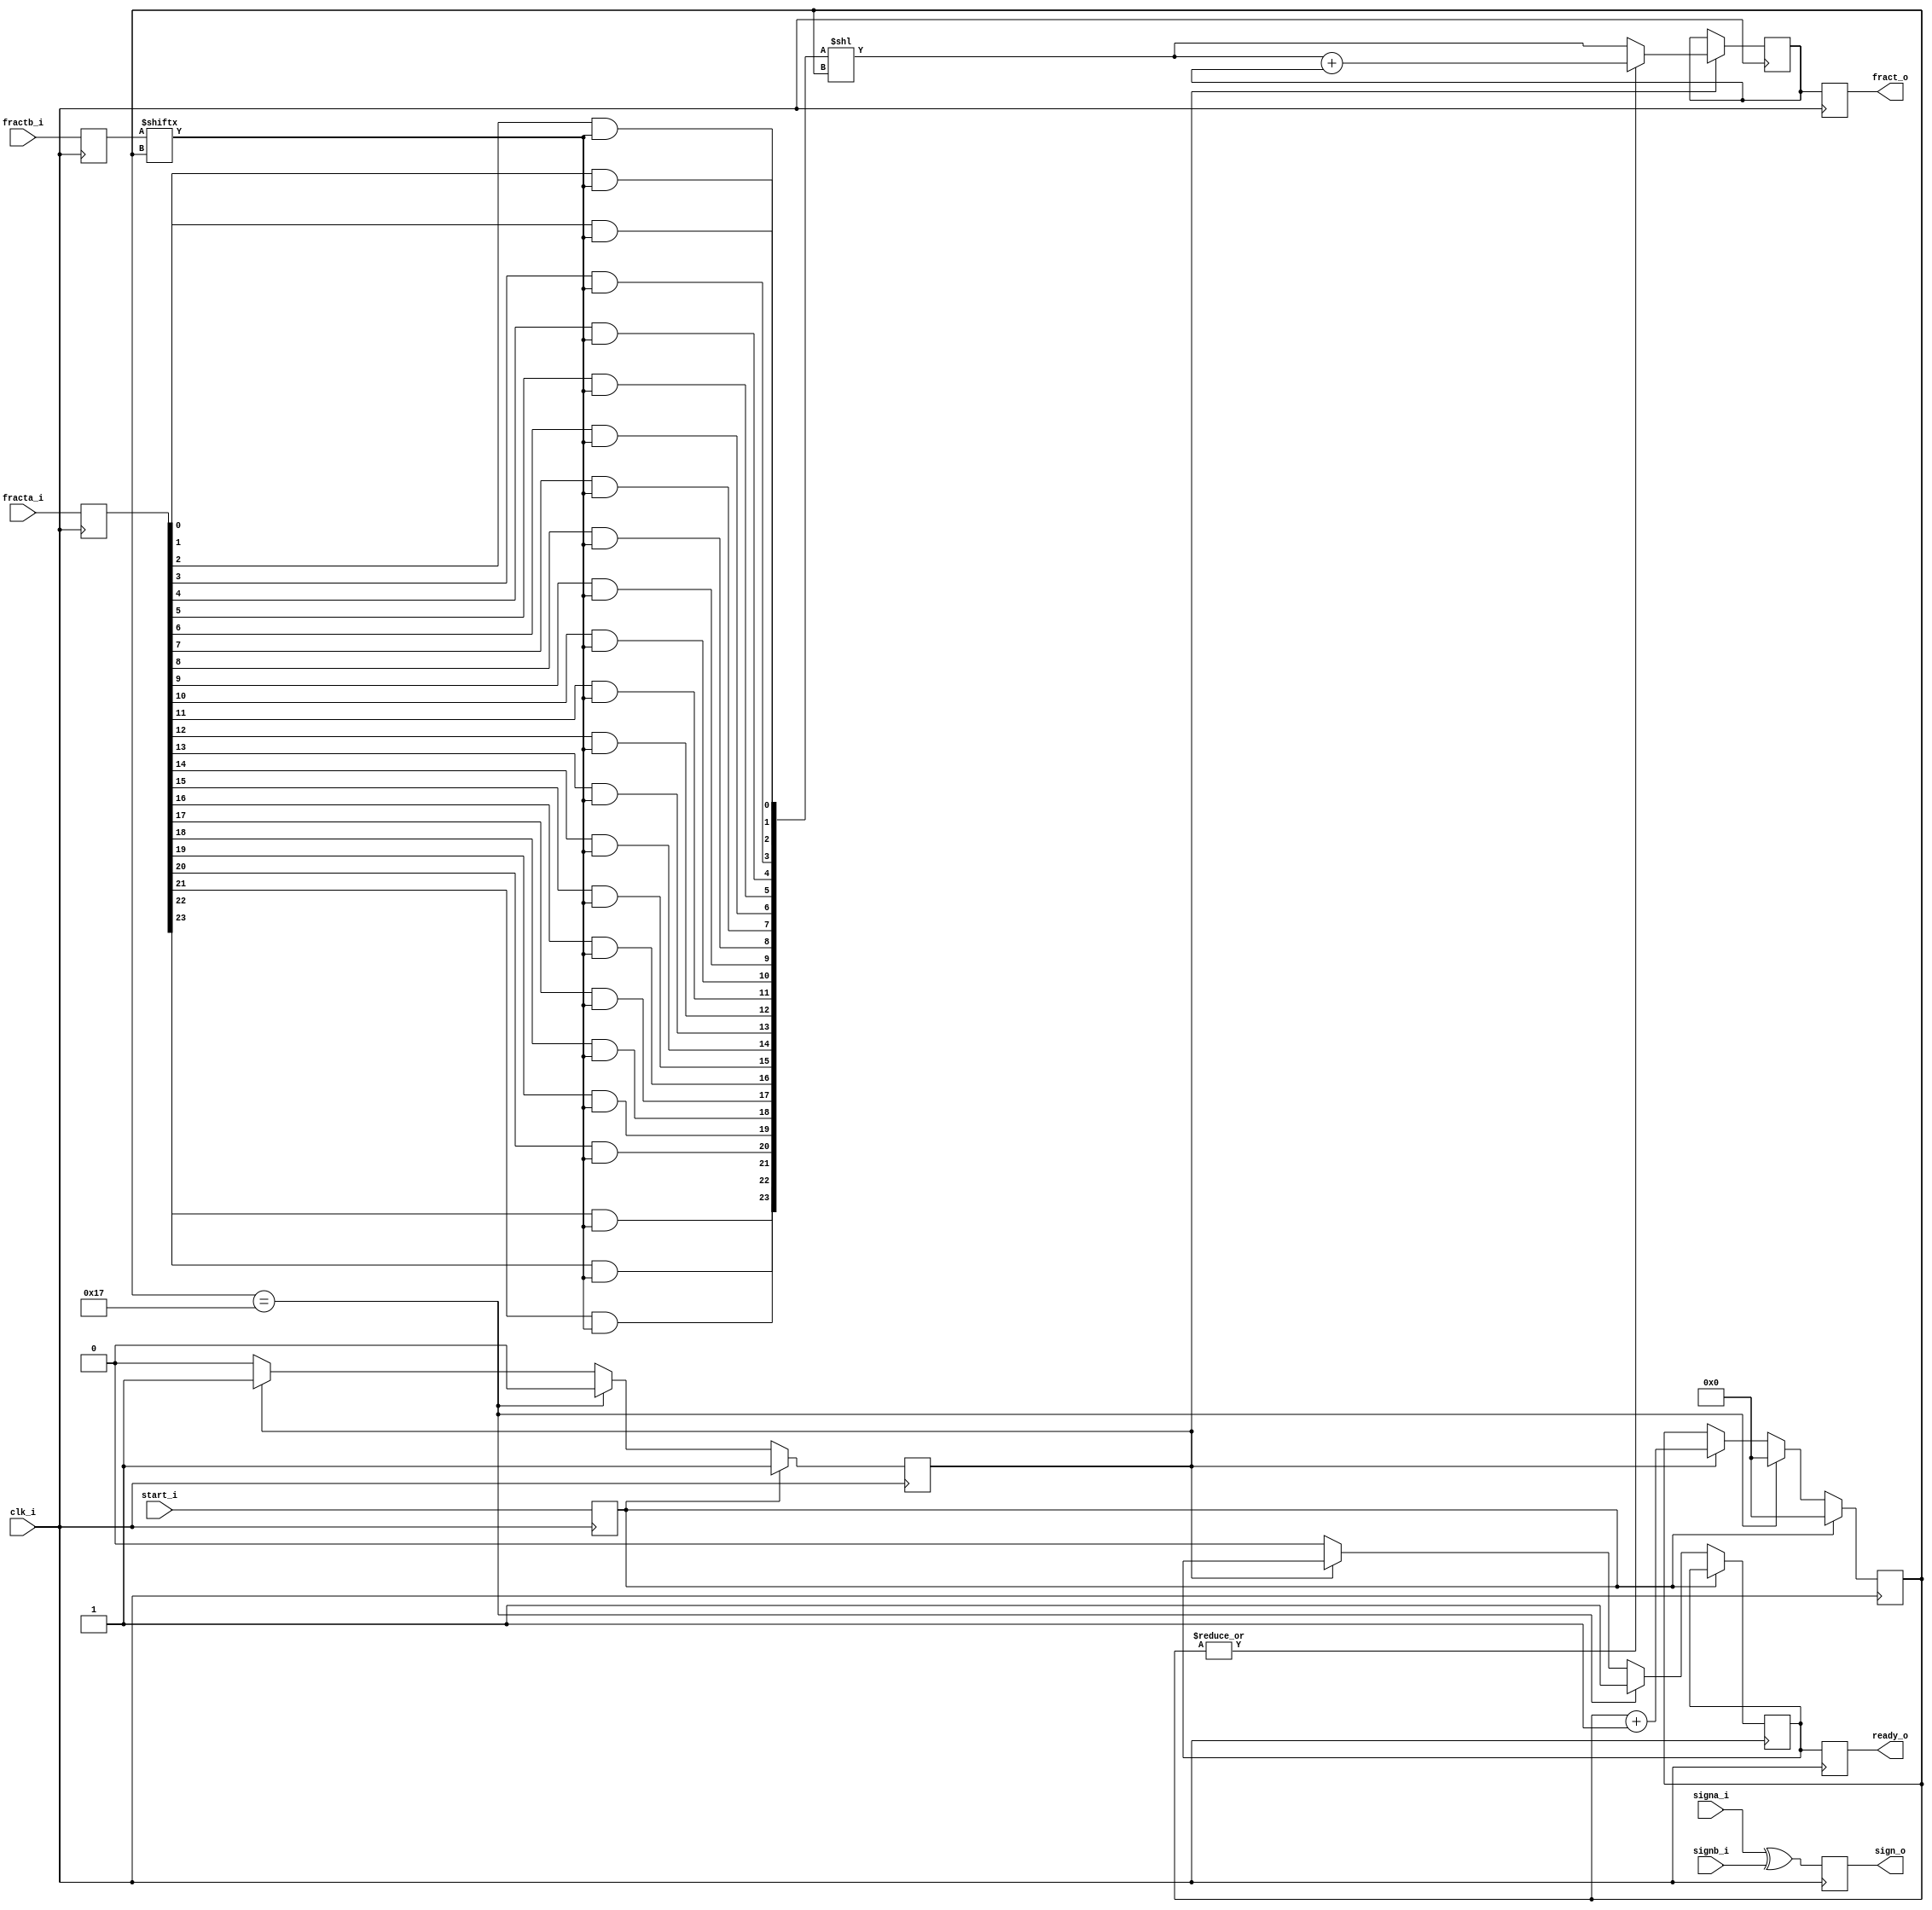
//////////////////////////////////////////////////////////////////////
////                                                              ////
////  or1200_fpu_mul                                              ////
////                                                              ////
////  This file is part of the OpenRISC 1200 project              ////
////  http://opencores.org/project,or1k                           ////
////                                                              ////
////  Description                                                 ////
////  Serial multiplication entity for the multiplication unit    ////
////                                                              ////
////  To Do:                                                      ////
////                                                              ////
////                                                              ////
////  Author(s):                                                  ////
////      - Original design (FPU100) -                            ////
////        Jidan Al-eryani, jidan@gmx.net                        ////
////      - Conv. to Verilog and inclusion in OR1200 -            ////
////        Julius Baxter, julius@opencores.org                   ////
////                                                              ////
//////////////////////////////////////////////////////////////////////
//
//  Copyright (C) 2006, 2010
//
//	This source file may be used and distributed without        
//	restriction provided that this copyright statement is not   
//	removed from the file and that any derivative work contains 
//	the original copyright notice and the associated disclaimer.
//                                                           
//		THIS SOFTWARE IS PROVIDED ``AS IS'' AND WITHOUT ANY     
//	EXPRESS OR IMPLIED WARRANTIES, INCLUDING, BUT NOT LIMITED   
//	TO, THE IMPLIED WARRANTIES OF MERCHANTABILITY AND FITNESS   
//	FOR A PARTICULAR PURPOSE. IN NO EVENT SHALL THE AUTHOR      
//	OR CONTRIBUTORS BE LIABLE FOR ANY DIRECT, INDIRECT,         
//	INCIDENTAL, SPECIAL, EXEMPLARY, OR CONSEQUENTIAL DAMAGES    
//	(INCLUDING, BUT NOT LIMITED TO, PROCUREMENT OF SUBSTITUTE   
//	GOODS OR SERVICES; LOSS OF USE, DATA, OR PROFITS; OR        
//	BUSINESS INTERRUPTION) HOWEVER CAUSED AND ON ANY THEORY OF  
//	LIABILITY, WHETHER IN  CONTRACT, STRICT LIABILITY, OR TORT  
//	(INCLUDING NEGLIGENCE OR OTHERWISE) ARISING IN ANY WAY OUT  
//	OF THE USE OF THIS SOFTWARE, EVEN IF ADVISED OF THE         
//	POSSIBILITY OF SUCH DAMAGE. 
//

module or1200_fpu_mul 
(  
   clk_i,
   fracta_i,
   fractb_i,
   signa_i,
   signb_i,
   start_i,
   fract_o,
   sign_o,
   ready_o
   );

   parameter FP_WIDTH = 32;
   parameter MUL_SERIAL = 0; // 0 for parallel multiplier, 1 for serial
   parameter MUL_COUNT = 11; //11 for parallel multiplier, 34 for serial
   parameter FRAC_WIDTH = 23;
   parameter EXP_WIDTH = 8;
   parameter ZERO_VECTOR = 31'd0;
   parameter INF = 31'b1111111100000000000000000000000;
   parameter QNAN = 31'b1111111110000000000000000000000;
   parameter SNAN = 31'b1111111100000000000000000000001;
   
   input clk_i;
   input [FRAC_WIDTH:0] fracta_i;   
   input [FRAC_WIDTH:0] fractb_i;   
   input 		signa_i;
   input 		signb_i;
   input 		start_i;
   output reg [2*FRAC_WIDTH+1:0] fract_o;
   output reg 		     sign_o;
   output reg 		     ready_o;
   
   parameter t_state_waiting = 1'b0,
	       t_state_busy = 1'b1;

   reg [47:0] 		     s_fract_o;
   reg [23:0] 		     s_fracta_i;
   reg [23:0] 		     s_fractb_i;
   reg 			     s_signa_i, s_signb_i;
   wire 		     s_sign_o;
   reg 			     s_start_i;
   reg 			     s_ready_o;
   reg 			     s_state;
   reg [4:0] 		     s_count;
   wire [23:0] 		     s_tem_prod;

   // Input Register
   always @(posedge clk_i)
     begin
	s_fracta_i <= fracta_i;
	s_fractb_i <= fractb_i;
	s_signa_i<= signa_i;
	s_signb_i<= signb_i;
	s_start_i <= start_i;
     end
   
   // Output Register
   always @(posedge clk_i)
     begin
	fract_o <= s_fract_o;
	sign_o <= s_sign_o;	
	ready_o <= s_ready_o;
     end

   assign s_sign_o = signa_i ^ signb_i;

   // FSM
   always @(posedge clk_i)
     if (s_start_i)
       begin
	  s_state <= t_state_busy;
	  s_count <= 0;
       end
     else if (s_count==23)
       begin
	  s_state <= t_state_waiting;
	  s_ready_o <= 1;
	  s_count <=0;
       end
     else if (s_state==t_state_busy)
       s_count <= s_count + 1;
     else
       begin
	  s_state <= t_state_waiting;
	  s_ready_o <= 0;
       end
   
   assign s_tem_prod[0] = s_fracta_i[0] & s_fractb_i[s_count];
   assign s_tem_prod[1] = s_fracta_i[1] & s_fractb_i[s_count];
   assign s_tem_prod[2] = s_fracta_i[2] & s_fractb_i[s_count];
   assign s_tem_prod[3] = s_fracta_i[3] & s_fractb_i[s_count];
   assign s_tem_prod[4] = s_fracta_i[4] & s_fractb_i[s_count];
   assign s_tem_prod[5] = s_fracta_i[5] & s_fractb_i[s_count];
   assign s_tem_prod[6] = s_fracta_i[6] & s_fractb_i[s_count];
   assign s_tem_prod[7] = s_fracta_i[7] & s_fractb_i[s_count];
   assign s_tem_prod[8] = s_fracta_i[8] & s_fractb_i[s_count];
   assign s_tem_prod[9] = s_fracta_i[9] & s_fractb_i[s_count];
   assign s_tem_prod[10] = s_fracta_i[10] & s_fractb_i[s_count];
   assign s_tem_prod[11] = s_fracta_i[11] & s_fractb_i[s_count];
   assign s_tem_prod[12] = s_fracta_i[12] & s_fractb_i[s_count];
   assign s_tem_prod[13] = s_fracta_i[13] & s_fractb_i[s_count];
   assign s_tem_prod[14] = s_fracta_i[14] & s_fractb_i[s_count];
   assign s_tem_prod[15] = s_fracta_i[15] & s_fractb_i[s_count];
   assign s_tem_prod[16] = s_fracta_i[16] & s_fractb_i[s_count];
   assign s_tem_prod[17] = s_fracta_i[17] & s_fractb_i[s_count];
   assign s_tem_prod[18] = s_fracta_i[18] & s_fractb_i[s_count];
   assign s_tem_prod[19] = s_fracta_i[19] & s_fractb_i[s_count];
   assign s_tem_prod[20] = s_fracta_i[20] & s_fractb_i[s_count];
   assign s_tem_prod[21] = s_fracta_i[21] & s_fractb_i[s_count];
   assign s_tem_prod[22] = s_fracta_i[22] & s_fractb_i[s_count];
   assign s_tem_prod[23] = s_fracta_i[23] & s_fractb_i[s_count];
   
   wire [47:0] v_prod_shl;
   assign v_prod_shl = {24'd0,s_tem_prod} << s_count[4:0];

   always @(posedge clk_i)
     if (s_state==t_state_busy)
       begin
	  if (|s_count)
	    s_fract_o <= v_prod_shl + s_fract_o;
	  else
	    s_fract_o <= v_prod_shl;
       end

endmodule // or1200_fpu_mul